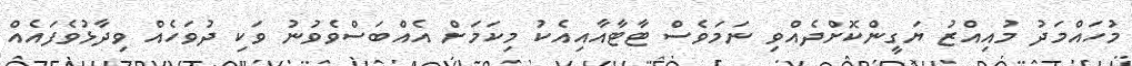
މުހައްމަދު މުއިއްޒު ޔަގީންކޮށްދެއްވި ނަމަވެސް ޓާޓާއާއިއެކު މިކަމަށް އެއްބަސްވެވުނު ވަކި ދުވަހެެއް ވިދާޅުވެފައެއް